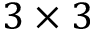
3 \times 3